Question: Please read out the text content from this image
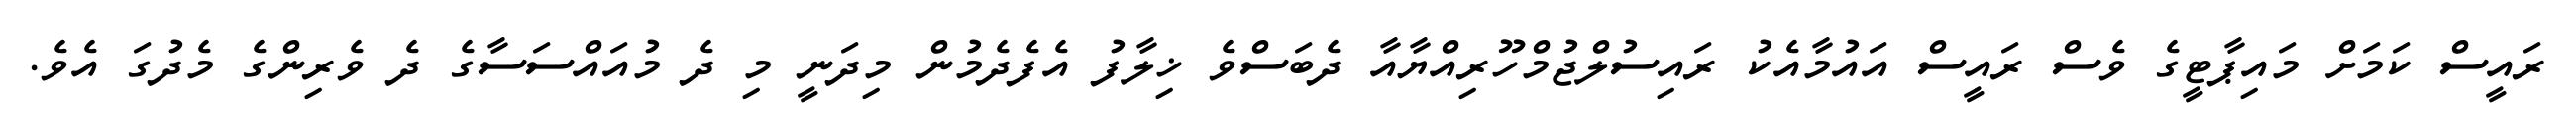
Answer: ރައީސް ކަމަށް މައިޕާޓީގެ ވެސް ރައީސް އައުމާއެކު ރައިސުލްޖުމްހޫރިއްޔާއާ ދެބަސްވެ ޚިލާފު އެފެދެމުން މިދަނީ މި ދެ މުއައްސަސާގެ ދެ ވެރިންގެ މެދުގަ އެވެ.